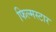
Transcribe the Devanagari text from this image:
फिल्मस्टार